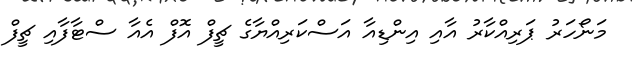
މަނޯހަރު ޕަރިއްކާރު އާއި އިންޑިއާ އަސްކަރިއްޔާގެ ޗީފް އޮފް އެއާ ސްޓާފާއި ޗީފް